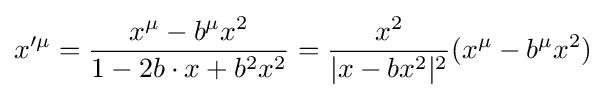
x'^{\mu }={\frac {x^{\mu }-b^{\mu }x^{2}}{1-2b\cdot x+b^{2}x^{2}}}={\frac {x^{2}}{|x-bx^{2}|^{2}}}(x^{\mu }-b^{\mu }x^{2})